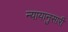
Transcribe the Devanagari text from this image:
न्यायानुसारी